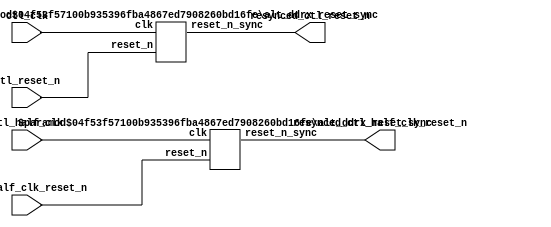
//Legal Notice: (C)2010 Altera Corporation. All rights reserved.  Your
//use of Altera Corporation's design tools, logic functions and other
//software and tools, and its AMPP partner logic functions, and any
//output files any of the foregoing (including device programming or
//simulation files), and any associated documentation or information are
//expressly subject to the terms and conditions of the Altera Program
//License Subscription Agreement or other applicable license agreement,
//including, without limitation, that your use is for the sole purpose
//of programming logic devices manufactured by Altera and sold by Altera
//or its authorized distributors.  Please refer to the applicable
//agreement for further details.

///////////////////////////////////////////////////////////////////////////////
// Title         : DDR controller Clock and Reset
//
//
// Abstract      : Clock and reset
///////////////////////////////////////////////////////////////////////////////

`timescale 1 ps / 1 ps
module alt_ddrx_clock_and_reset #
    ( parameter
        CTL_RESET_SYNC_STAGES      = 4,
        CTL_NUM_RESET_OUTPUT       = 1,
        CTL_HALF_RESET_SYNC_STAGES = 4,
        CTL_HALF_NUM_RESET_OUTPUT  = 1
    )
    (
        // Inputs
        ctl_clk,
        ctl_reset_n,
        ctl_half_clk,
        ctl_half_clk_reset_n,
        
        // Outputs
        resynced_ctl_reset_n,
        resynced_ctl_half_clk_reset_n
    );

// Inputs
input  ctl_clk;
input  ctl_reset_n;
input  ctl_half_clk;
input  ctl_half_clk_reset_n;

// Outputs
output [CTL_NUM_RESET_OUTPUT      - 1 : 0] resynced_ctl_reset_n;
output [CTL_HALF_NUM_RESET_OUTPUT - 1 : 0] resynced_ctl_half_clk_reset_n;

alt_ddrx_reset_sync #(
    .RESET_SYNC_STAGES (CTL_RESET_SYNC_STAGES),
    .NUM_RESET_OUTPUT  (CTL_NUM_RESET_OUTPUT)
) reset_sync_inst (
	.reset_n           (ctl_reset_n),
	.clk               (ctl_clk),
	.reset_n_sync      (resynced_ctl_reset_n)
);

alt_ddrx_reset_sync #(
    .RESET_SYNC_STAGES (CTL_HALF_RESET_SYNC_STAGES),
    .NUM_RESET_OUTPUT  (CTL_HALF_NUM_RESET_OUTPUT)
) half_reset_sync_inst (
	.reset_n           (ctl_half_clk_reset_n),
	.clk               (ctl_half_clk),
	.reset_n_sync      (resynced_ctl_half_clk_reset_n)
);


endmodule

//--------------------------------------------------------------------------------------------------------------------//
//
// Important Note: The following code was copied from //acds/main/quartus/iptcl/memphy/rtl/phy/reset_sync.v
//                 Code is added to remove recovery failures on reset net for HCx. In HCx global network,
//                 there is significant insertion delay (not a problem in FPGA global network)
//
//--------------------------------------------------------------------------------------------------------------------//

module alt_ddrx_reset_sync #
    ( parameter
        RESET_SYNC_STAGES = 4,
        NUM_RESET_OUTPUT  = 1
    )
    (
    	reset_n,
    	clk,
    	reset_n_sync
    );

input	reset_n;
input	clk;
output	[NUM_RESET_OUTPUT-1:0] reset_n_sync;

//USER identify the synchronizer chain so that Quartus can analyze metastability.
//USER Since these resets are localized to the PHY alone, make them routed locally
//USER to avoid using global networks.
(* altera_attribute = {"-name SYNCHRONIZER_IDENTIFICATION FORCED_IF_ASYNCHRONOUS; -name GLOBAL_SIGNAL OFF"}*) reg	[RESET_SYNC_STAGES+NUM_RESET_OUTPUT-2:0] reset_reg /*synthesis dont_merge */;

generate
genvar i;
	for (i=0; i<RESET_SYNC_STAGES+NUM_RESET_OUTPUT-1; i=i+1)
	begin: reset_stage
		always @(posedge clk or negedge reset_n)
		begin
			if (~reset_n)
				reset_reg[i] <= 1'b0;
			else
			begin
				if (i==0)
					reset_reg[i] <= 1'b1;
				else if (i < RESET_SYNC_STAGES)
					reset_reg[i] <= reset_reg[i-1];
				else
					reset_reg[i] <= reset_reg[RESET_SYNC_STAGES-2];
				
			end
		end
	end
endgenerate

	assign reset_n_sync = reset_reg[RESET_SYNC_STAGES+NUM_RESET_OUTPUT-2:RESET_SYNC_STAGES-1];

endmodule

//--------------------------------------------------------------------------------------------------------------------//
//
// End
//
//--------------------------------------------------------------------------------------------------------------------//